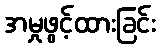
အမှုဖွင့်ထားခြင်း